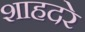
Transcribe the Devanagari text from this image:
शाहदरे